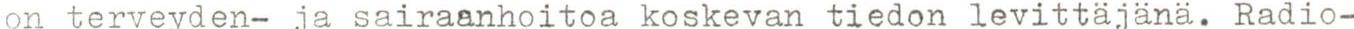
on terveyden- ja sairaanhoitoa koskevan tiedon levittäjänä. Radio-